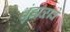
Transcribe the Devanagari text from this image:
धुंडाळावे